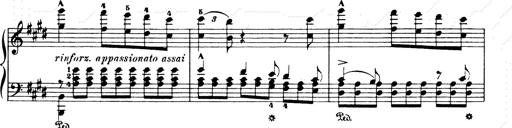
Title: Consolations and LiebestrÃ¤ume for the Piano
Composer: Franz Liszt